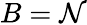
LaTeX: B=\mathcal{N}